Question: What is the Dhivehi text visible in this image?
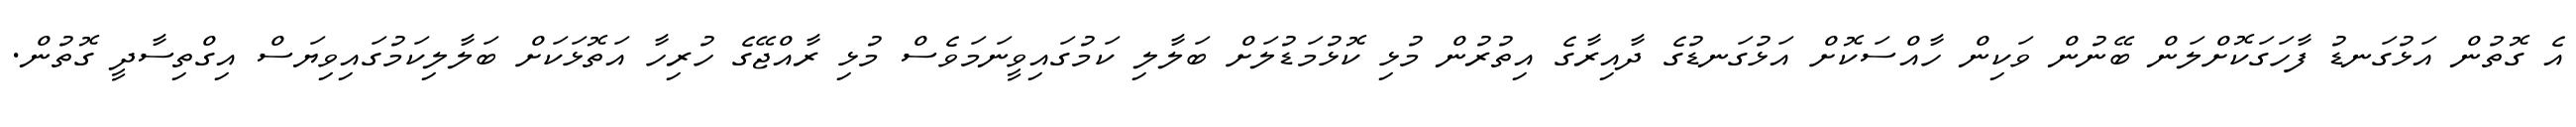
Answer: އެ ގޮތުން އަޅުގަނޑު ފާހަގަކޮށްލަން ބޭނުން ވަކިން ހާއްސަކޮށް އަޅުގަނޑުގެ ދާއިރާގެ އިތުރުން މުޅި ކޮޅުމަޑުލަށް ބަލާލި ކަމުގައިވީނަމަވެސް މުޅި ރާއްޖޭގެ ހުރިހާ އަތޮޅަކަށް ބަލާލިކަމުގައިވިޔަސް އިގްތިސާދީ ގޮތުން.